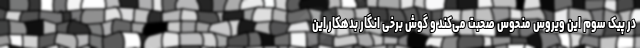
در پیک سوم این ویروس منحوس صحبت می‌کند و گوش برخی انگار بدهکار این